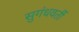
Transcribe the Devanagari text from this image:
सुगंधवर्ती